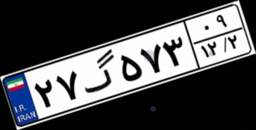
۲۷گ۵۷۳۰۹